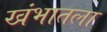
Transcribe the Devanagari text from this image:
खंभातला